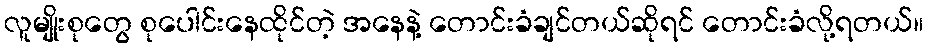
လူမျိုးစုတွေ စုပေါင်းနေထိုင်တဲ့ အနေနဲ့ တောင်းခံချင်တယ်ဆိုရင် တောင်းခံလို့ရတယ်။